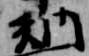
納